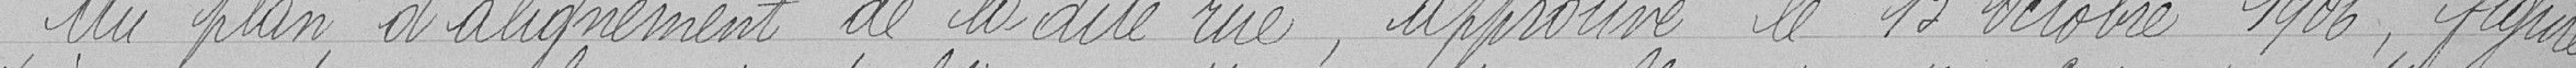
Au plan d'alignement de la dite rue, approuvé le 13 octobre 1906, figure